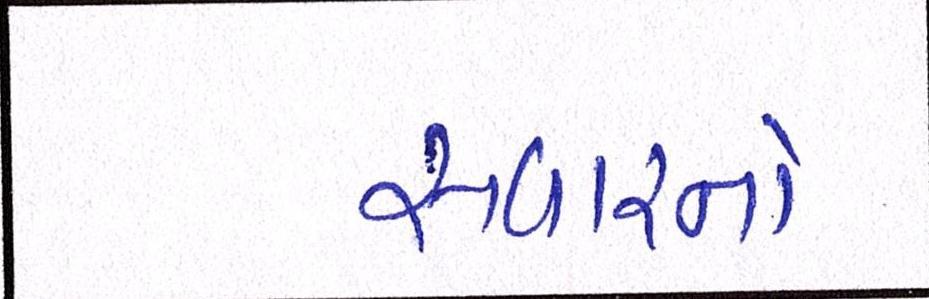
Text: સવારનો